Vaccination in Bombay 1874-1876 - 1874-1876
Year: 1874
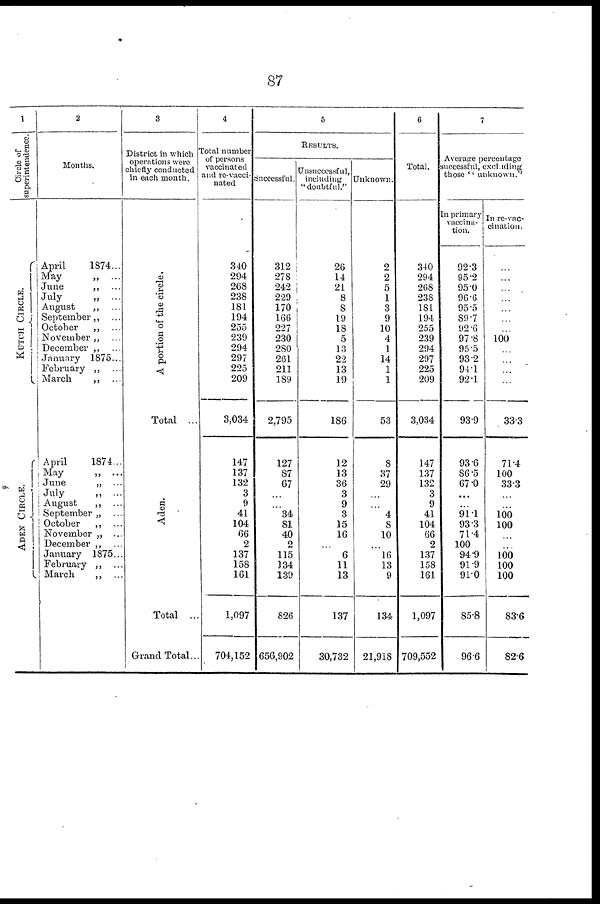
87
1
Circle of
superintendence.
KUTCH CIRCLE.
ADEN CIRCLE.
2
Months.
April
1874...
May
„ ...
June
„ ...
July
„ ...
August
„ ...
September „ ...
October
„ ...
November „ ...
December „ ...
January 1875...
February „ ...
March
„ ...
April
1874..
May
„ ...
June
„ ...
July
„ ...
August
„ ...
September „ ...
October
„ ...
November „ ...
December „ ...
January 1875...
February „ ...
March
„ ...
3
District in which
operations were
chiefly conducted
in each month.
A portion of the circle.
Total ...
Aden.
Total ...
Grand Total...
4
Total number
of persons
vaccinated
and re-vacci-
nated
340
294
268
238
181
194
255
239
294
297
225
209
3,034
147
137
132
3
9
41
104
66
2
137
158
161
1,097
704,152
5
RESULTS.
Successful.
312
278
242
229
170
166
227
230
280
261
211
189
2,795
127
87
67
...
...
34
81
40
2
115
134
139
826
656,902
Unsuccessful,
including
"doubtful."
26
14
21
8
8
19
18
5
13
22
13
19
186
12
13
36
3
9
3
15
16
...
6
11
13
137
30,732
Unknown.
2
2
5
1
3
9
10
4
1
14
1
1
53
8
37
29
...
...
4
8
10
...
16
13
9
134
21,918
6
Total.
340
294
268
238
181
194
255
239
294
297
225
209
3,034
147
137
132
3
9
41
104
66
2
137
158
161
1,097
709,552
7
Average percentage
successful, excluding
those '' unknown.''
In primary
vaccina-
tion.
92.3
95.2
95.0
96.6
95.5
89.7
92.6
97.8
95.5
93.2
94.1
92.1
93.9
93.6
86.5
67.0
...
...
91.1 93.3
71.4
100
94.9
91.9
91.0
85.8
96.6
In re-vac-
cination.
...
...
...
...
...
...
...
100
...
...
...
...
33.3
71.4
100
33.3
...
...
100
100
...
...
100
100
100
83.6
82.6